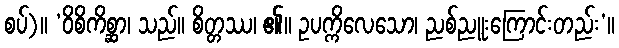
စပ်)။ ‘ဝိစိကိစ္ဆာ၊ သည်။ စိတ္တဿ၊ ၏။ ဥပက္ကိလေသော၊ ညစ်ညူးကြောင်းတည်း’။